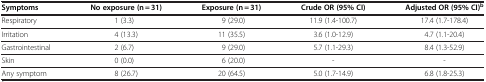
<table><thead><tr><td><b>Symptoms</b></td><td><b>No exposure (n = 31)</b></td><td><b>Exposure (n = 31)</b></td><td><b>Crude OR (95% CI)</b></td><td><b>Adjusted OR (95% CI)<sup>b</sup></b></td></tr></thead><tbody><tr><td>Respiratory</td><td>1 (3.3)</td><td>9 (29.0)</td><td>11.9 (1.4-100.7)</td><td>17.4 (1.7-178.4)</td></tr><tr><td>Irritation</td><td>4 (13.3)</td><td>11 (35.5)</td><td>3.6 (1.0-12.9)</td><td>4.7 (1.1-20.4)</td></tr><tr><td>Gastrointestinal</td><td>2 (6.7)</td><td>9 (29.0)</td><td>5.7 (1.1-29.3)</td><td>8.4 (1.3-52.9)</td></tr><tr><td>Skin</td><td>0 (0.0)</td><td>6 (20.0)</td><td>-</td><td>-</td></tr><tr><td>Any symptom</td><td>8 (26.7)</td><td>20 (64.5)</td><td>5.0 (1.7-14.9)</td><td>6.8 (1.8-25.3)</td></tr></tbody></table>